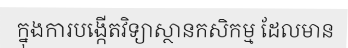
ក្នុងការបង្កើតវិទ្យាស្ថានកសិកម្ម ដែលមាន